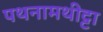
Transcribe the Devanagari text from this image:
पथनामथीट्टा